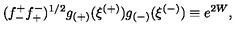
( f _ { - } ^ { + } f _ { + } ^ { - } ) ^ { 1 / 2 } g _ { ( + ) } ( \xi ^ { ( + ) } ) g _ { ( - ) } ( \xi ^ { ( - ) } ) \equiv e ^ { 2 W } ,